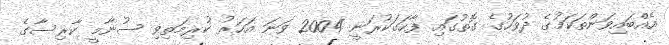
އެއްބައިވަންތަކަމުގެ ދުވަހުގެ ގޮތުގައި ފާހަގަކުރަނީ 2004 ވަނަ އަހަރު ކުރިމަތިވި ސުނާމީ ކާރިސާގެ